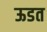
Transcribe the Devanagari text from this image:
ऊडत